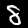
Label: 8